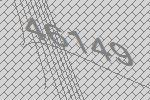
46149